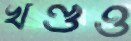
খণ্ডও